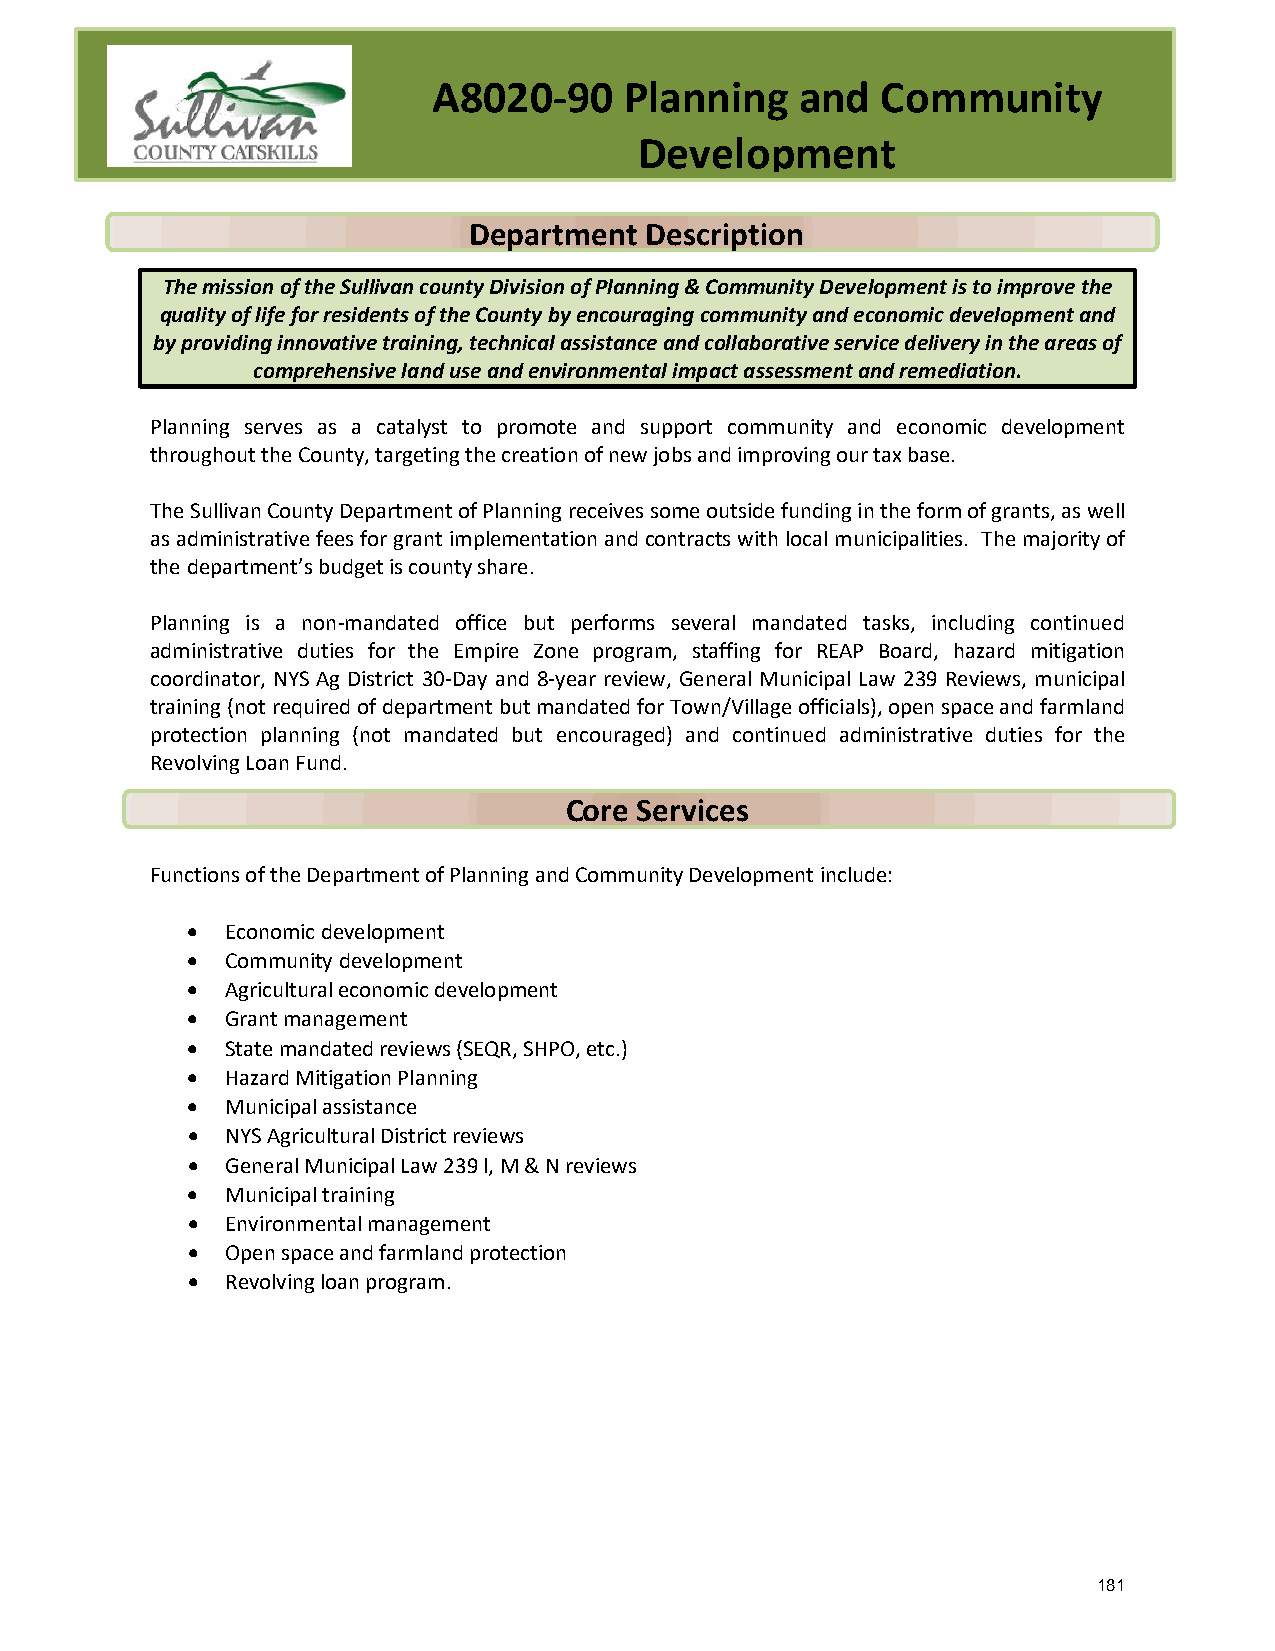
A8020-90    Planning    and  Community
 Development
 Department  Description
 The mission of the Sullivan county Division of Planning & Community Development is to improve the
 quality of life for residents of the County by encouraging community and economic development and
 by providing innovative training, technical assistance and collaborative service delivery in the areas of
 comprehensive land use and environmental impact assessment and remediation.
 Planning serves as a catalyst to promote and support community and economic development
 throughout the County, targeting the creation of new jobs and improving our tax base.
 The Sullivan County Department of Planning receives some outside funding in the form of grants, as well
 as administrative fees for grant implementation and contracts with local municipalities. The majority of
 the department’s budget is county share.
 Planning is a non-mandated office but performs several mandated tasks, including continued
 administrative duties for the Empire Zone program, staffing for REAP Board, hazard mitigation
 coordinator, NYS Ag District 30-Day and 8-year review, General Municipal Law 239 Reviews, municipal
 training (not required of department but mandated for Town/Village officials), open space and farmland
 protection planning (not mandated but encouraged) and continued administrative duties for the
 Revolving Loan Fund.
 Core Services
 Functions of the Department of Planning and Community Development include:
 •  Economic development
 •  Community development
 •  Agricultural economic development
 •  Grant management
 •  State mandated reviews (SEQR, SHPO, etc.)
 •  Hazard Mitigation Planning
 •  Municipal assistance
 •  NYS Agricultural District reviews
 •  General Municipal Law 239 l, M & N reviews
 •  Municipal training
 •  Environmental management
 •  Open space and farmland protection
 •  Revolving loan program.
 181